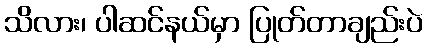
သိလား၊ ပါဆင်နယ်မှာ ပြုတ်တာချည်းပဲ